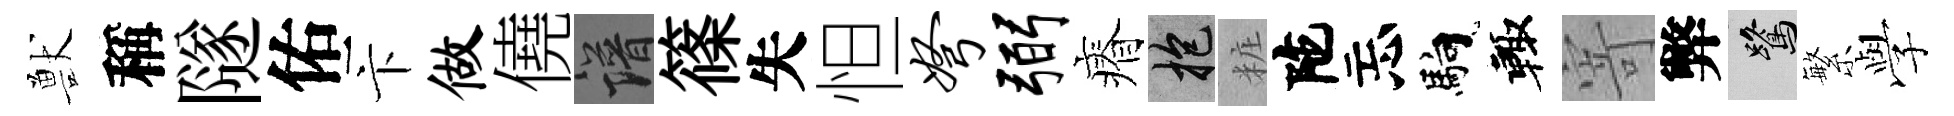
獸稱隧佑卞做僥譜篠失怛弩弼瘠抱粧陀忘馿輙寄弊鷺繁𫝯